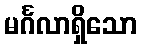
မင်္ဂလာရှိသော